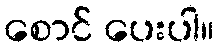
စောင် ပေးပါ။